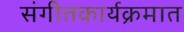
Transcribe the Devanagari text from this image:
संगीतकार्यक्रमात